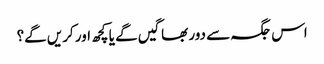
اس جگہ سے دور بھاگیں گے یا کچھ اور کریں گے؟